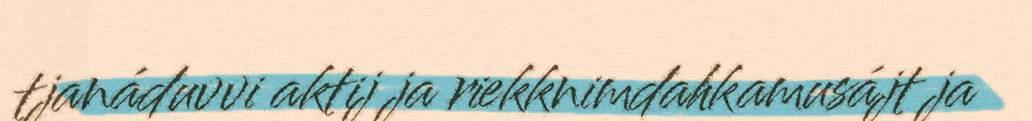
tjanáduvvi aktij ja riekknimdahkamusájt ja